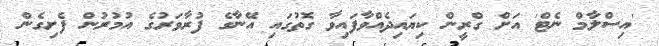
'އިސްލާމް ނެޓް' އަށް ގްރީން ކިޔައިދެއްވާފައިވާ ގޮތުގައި އޭނާގެ ފުރާވަރުގެ އުމުރުން ފެށިގެން